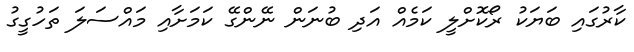
ކާރުގައި ބަޔަކު ރޯކޮށްލީ ކަމެއް އަދި ބުނަން ނޭންގޭ ކަމަށާއި މައްސަލަ ތަހުގީގު